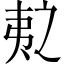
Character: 𫡛